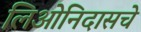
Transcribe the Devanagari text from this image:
लिओनिदासचे